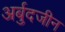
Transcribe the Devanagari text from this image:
अर्बुदजीन